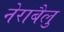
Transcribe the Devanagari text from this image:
नेराबैलु